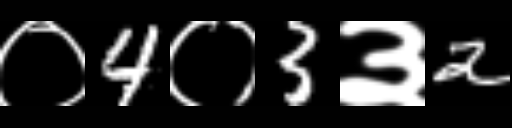
Text: ०4०3३2